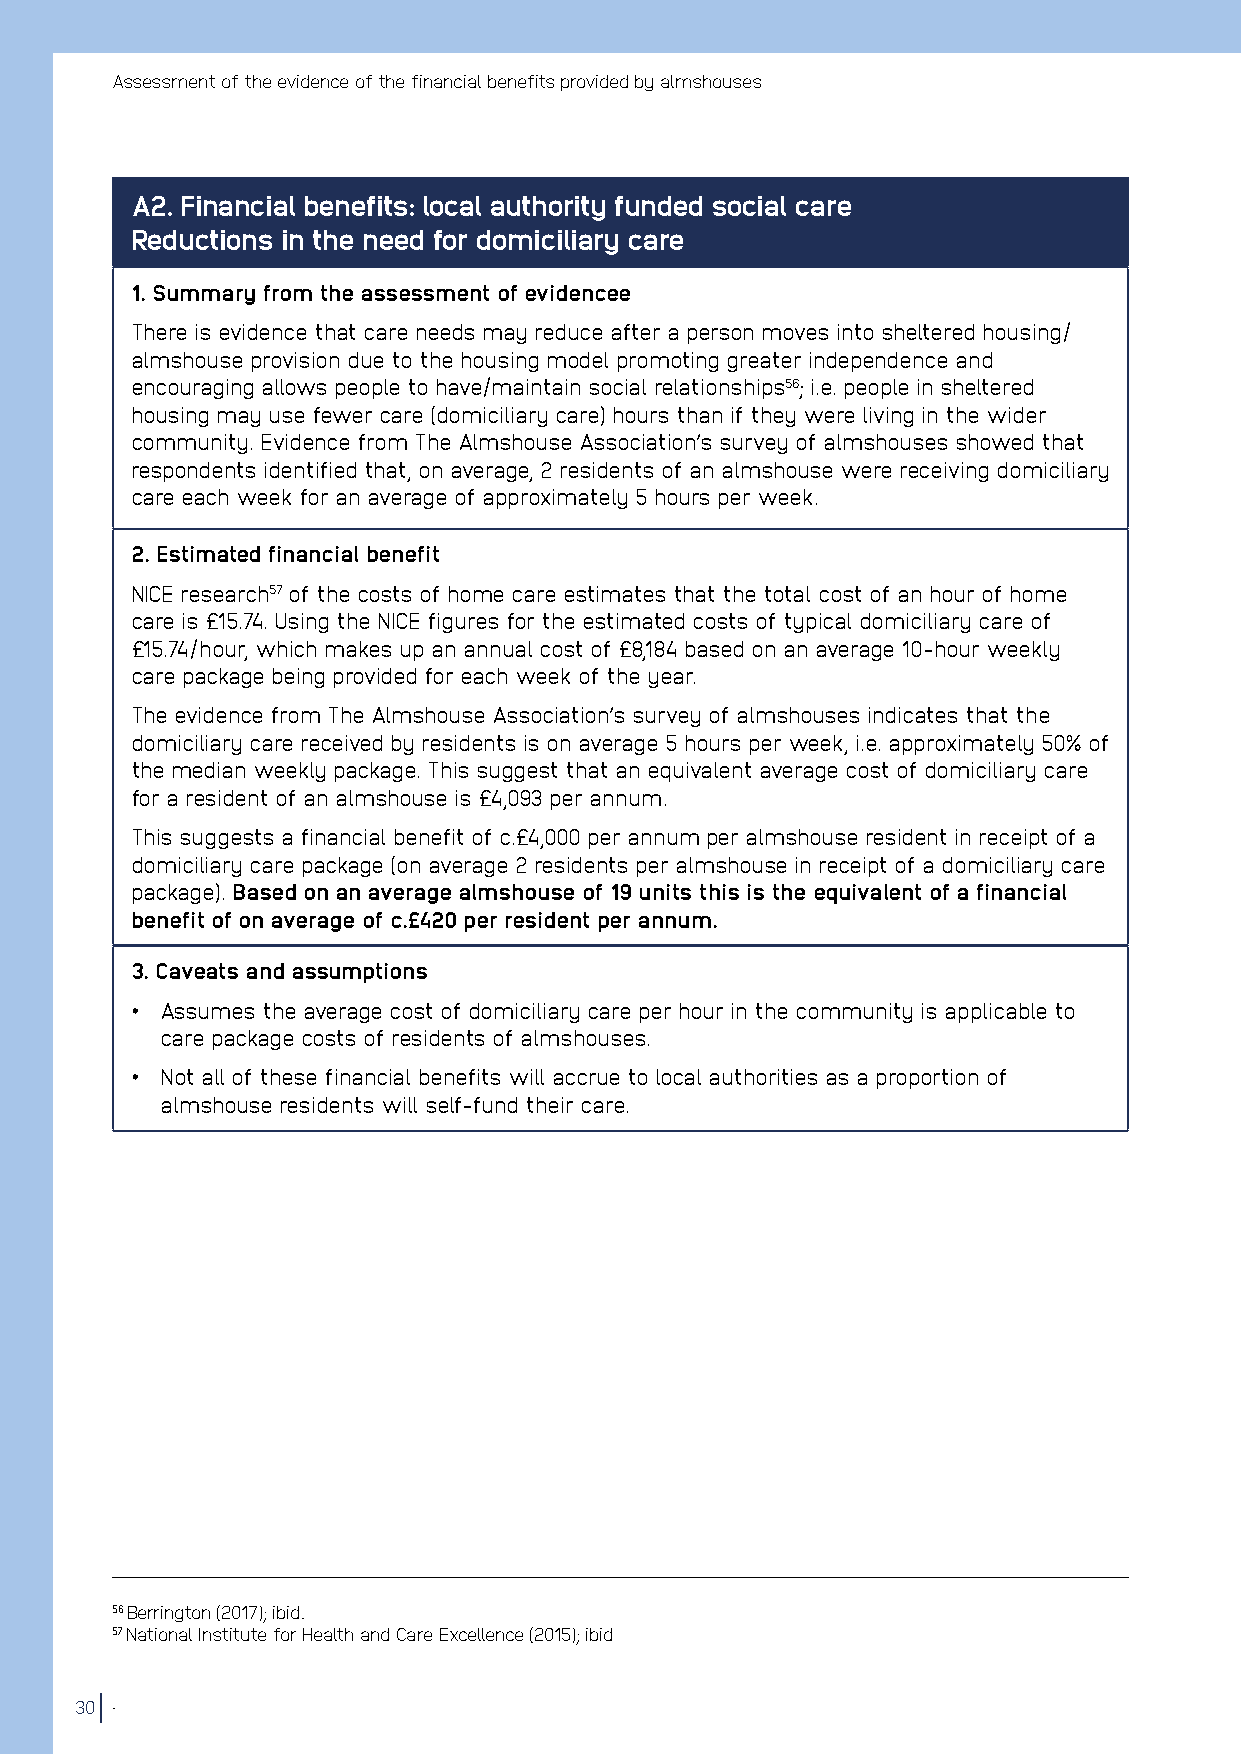
Assessment of the evidence of the financial benefits provided by almshouses
 A2. Financial benefits: local authority funded social care
 Reductions in the need for domiciliary care
 1. Summary from the assessment of evidencee
 There is evidence that care needs may reduce after a person moves into sheltered housing/
 almshouse provision due to the housing model promoting greater independence and
 encouraging allows people to have/maintain social relationships56; i.e. people in sheltered
 housing may use fewer care (domiciliary care) hours than if they were living in the wider
 community. Evidence from The Almshouse Association’s survey of almshouses showed that
 respondents identified that, on average, 2 residents of an almshouse were receiving domiciliary
 care each week for an average of approximately 5 hours per week.
 2. Estimated financial benefit
 NICE research57 of the costs of home care estimates that the total cost of an hour of home
 care is £15.74. Using the NICE figures for the estimated costs of typical domiciliary care of
 £15.74/hour, which makes up an annual cost of £8,184 based on an average 10-hour weekly
 care package being provided for each week of the year.
 The evidence from The Almshouse Association’s survey of almshouses indicates that the
 domiciliary care received by residents is on average 5 hours per week, i.e. approximately 50% of
 the median weekly package. This suggest that an equivalent average cost of domiciliary care
 for a resident of an almshouse is £4,093 per annum.
 This suggests a financial benefit of c.£4,000 per annum per almshouse resident in receipt of a
 domiciliary care package (on average 2 residents per almshouse in receipt of a domiciliary care
 package). Based on an average almshouse of 19 units this is the equivalent of a financial
 benefit of on average of c.£420 per resident per annum.
 3. Caveats and assumptions
 • Assumes the average cost of domiciliary care per hour in the community is applicable to
 care package costs of residents of almshouses.
 • Not all of these financial benefits will accrue to local authorities as a proportion of
 almshouse residents will self-fund their care.
 56 Berrington (2017); ibid.
 57 National Institute for Health and Care Excellence (2015); ibid
 30 .